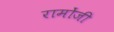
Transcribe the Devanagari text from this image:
रामोंजी